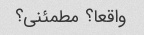
واقعا؟ مطمئنی؟